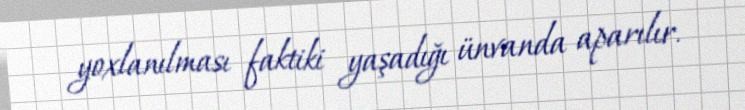
yoxlanılması faktiki yaşadığı ünvanda aparılır.